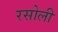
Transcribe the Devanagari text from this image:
रसोली